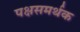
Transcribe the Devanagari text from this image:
पक्षसमर्थक